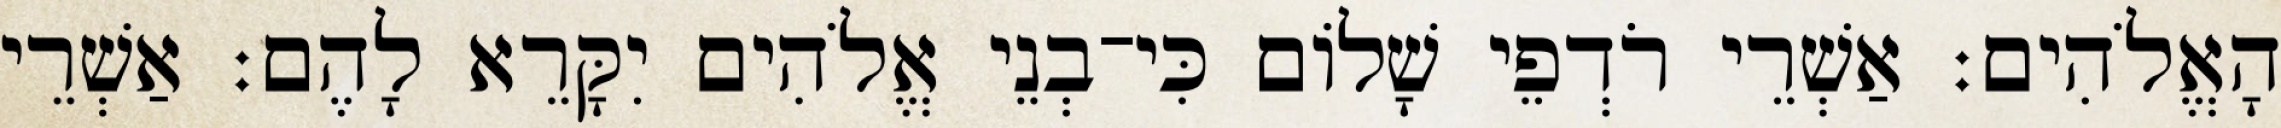
הָאֱלֹהִים׃ אַשְׁרֵי רֹדְפֵי שָׁלוֹם כִּי־בְנֵי אֱלֹהִים יִקָּרֵא לָהֶם׃ אַשְׁרֵי